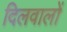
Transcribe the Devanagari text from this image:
दिलवालों